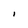
Character: I